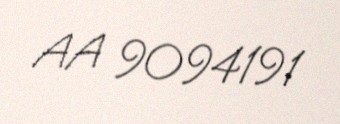
AA 9094191